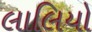
લાલિયો